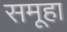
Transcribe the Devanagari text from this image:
समूहा